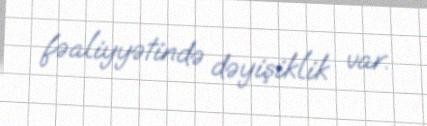
fəaliyyətində dəyişiklik var.